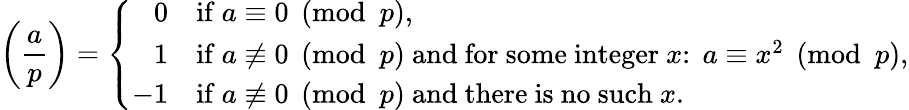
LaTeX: \left({\frac{a}{p}}\right)=\left\{ {\begin{array}{rl}{0}&{{\mathrm{if~}}a\equiv 0{\pmod{p}},}\\ {1}&{{\mathrm{if~}}a\not\equiv 0{\pmod{p}}{\mathrm{~and~for~some~integer~}}x\colon\; a\equiv x^{2}{\pmod{p}},}\\ {-1}&{{\mathrm{if~}}a\not\equiv 0{\pmod{p}}{\mathrm{~and~there~is~no~such~}}x.}\end{array}}\right.